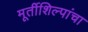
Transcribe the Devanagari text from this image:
मूर्तीशिल्पांचा